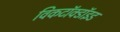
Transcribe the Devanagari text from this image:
विकटॉक्डॉइड